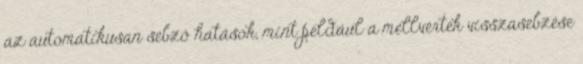
az automatikusan sebző hatások, mint például a mellvértek visszasebzése